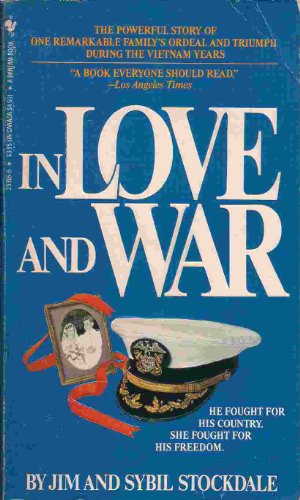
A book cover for In Love and War: The Story of a Family's Ordeal and Sacrifice During the Vietnam Years; Jim Stockdale; History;